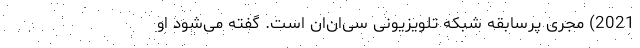
2021) مجری پرسابقهٔ شبکهٔ تلویزیونیِ سی‌ان‌ان است. گفته می‌شود او